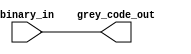
//////////////////////////////////////////////////////////////////////
////                                                              ////
//// grey_to_binary #(N), binary_to_grey #(N)                     ////
////                                                              ////
//// This file is part of the general opencores effort.           ////
//// <http://www.opencores.org/cores/misc/>                       ////
////                                                              ////
//// Module Description:                                          ////
////    Example of how to convert Grey Code to Binary.            ////
////    Example of how to convert Binary to Grey Code.            ////
////                                                              ////
//// CRITICAL USAGE NOTE:                                         ////
////    These functions produce combinational outputs which       ////
////      have glitches.  To use these safely, the outputs        ////
////      must be latched using the same clock before and         ////
////      after the combinational function.                       ////
////                                                              ////
////    There are other sequences of numbers which share the      ////
////      property of Grey Code that only 1 bit transitions per   ////
////      value change.                                           ////
////    The sequence 0x00, 0x1, 0x3, 0x2, 0x6, 0x4 is one such    ////
////      sequence.                                               ////
////    It should be possible to make a library which counts      ////
////      in sequences less than 2**n long, yet which still       ////
////      change only 1 bot per increment.                        ////
////                                                              ////
//// To Do:                                                       ////
//// Might make this handle more than 16 bits.                    ////
////                                                              ////
//// Author(s):                                                   ////
//// - Anonymous                                                  ////
////                                                              ////
//////////////////////////////////////////////////////////////////////
////                                                              ////
//// Copyright (C) 2000 Anonymous and OPENCORES.ORG               ////
////                                                              ////
//// This source file may be used and distributed without         ////
//// restriction provided that this copyright statement is not    ////
//// removed from the file and that any derivative work contains  ////
//// the original copyright notice and the associated disclaimer. ////
////                                                              ////
//// This source file is free software; you can redistribute it   ////
//// and/or modify it under the terms of the GNU Lesser General   ////
//// Public License as published by the Free Software Foundation; ////
//// either version 2.1 of the License, or (at your option) any   ////
//// later version.                                               ////
////                                                              ////
//// This source is distributed in the hope that it will be       ////
//// useful, but WITHOUT ANY WARRANTY; without even the implied   ////
//// warranty of MERCHANTABILITY or FITNESS FOR A PARTICULAR      ////
//// PURPOSE. See the GNU Lesser General Public License for more  ////
//// details.                                                     ////
////                                                              ////
//// You should have received a copy of the GNU Lesser General    ////
//// Public License along with this source; if not, download it   ////
//// from <http://www.opencores.org/lgpl.shtml>                   ////
////                                                              ////
//////////////////////////////////////////////////////////////////////
//
// $Id: grey_to_binary.v,v 1.5 2001-10-22 12:29:08 bbeaver Exp $
//
// CVS Revision History
//
// $Log: not supported by cvs2svn $
// Revision 1.3  2001/09/03 12:12:44  Blue Beaver
// no message
//
// Revision 1.2  2001/09/03 12:09:24  Blue Beaver
// no message
//
//

`timescale 1ns/1ps

// Convert 2-bit up to 16-bit binary value into same sized grey-code value

module bin_to_grey_code (
  grey_code_out,
  binary_in
);
  parameter NUM_BITS = 1;  // instantiate as "bin_to_grey_code #(width) instance ()"

  output [NUM_BITS - 1 : 0] grey_code_out;
  input  [NUM_BITS - 1 : 0] binary_in;

// Consider the sequences
//   Binary  Grey Code
//     00       00
//     01       01
//     10       11
//     11       10
// It seems that G[1] = B[1], and G[0] = B[1] ^ B[0];
// Now consider the sequences
//   Binary  Grey Code
//     000      000
//     001      001
//     010      011
//     011      010
//     100      110
//     101      111
//     110      101
//     111      100
// It seems that G[2] = B[2], and
//               G[1] = B[2] ^ B[1], and
//               G[0] = B[1] ^ B[0];
//
// But how to write that using a parameter?  Well, instead of
//   figuring it out, how about just making something which works
//   for a range of widths, like 2 to 16?

  wire   [15:0] widened_input = {binary_in[NUM_BITS - 1 : 0], {16 - NUM_BITS{1'b0}}};

  wire   [15:0] widened_output = {
                      widened_input[15],
                      widened_input[15] ^ widened_input[14],
                      widened_input[14] ^ widened_input[13],
                      widened_input[13] ^ widened_input[12],
                      widened_input[12] ^ widened_input[11],
                      widened_input[11] ^ widened_input[10],
                      widened_input[10] ^ widened_input[9],
                      widened_input[9]  ^ widened_input[8],
                      widened_input[8]  ^ widened_input[7],
                      widened_input[7]  ^ widened_input[6],
                      widened_input[6]  ^ widened_input[5],
                      widened_input[5]  ^ widened_input[4],
                      widened_input[4]  ^ widened_input[3],
                      widened_input[3]  ^ widened_input[2],
                      widened_input[2]  ^ widened_input[1],
                      widened_input[1]  ^ widened_input[0]
                  };

  assign  grey_code_out[NUM_BITS - 1 : 0] = widened_output[15 : 16 - NUM_BITS];

// synopsys translate_off
  initial
  begin
    if (NUM_BITS < 2)
    begin
      $display ("*** Exiting because %m bin_to_grey_code Number of bits %d < 2",
                   NUM_BITS);
      $finish;
    end
    if (NUM_BITS > 16)
    begin
      $display ("*** Exiting because %m bin_to_grey_code Number of bits %d > 16",
                   NUM_BITS);
      $finish;
    end
  end
// synopsys translate_on
endmodule

// Convert 2-bit up to 16-bit binary value into same sized grey-code value

module grey_code_to_bin (
  binary_out,
  grey_code_in
);
  parameter NUM_BITS = 1;  // instantiate as "grey_code_to_bin #(width) instance ()"

  output [NUM_BITS - 1 : 0] binary_out;
  input  [NUM_BITS - 1 : 0] grey_code_in;

// Consider the sequences
//   Grey Code   Binary
//       00        00
//       01        01
//       11        10
//       10        11
// It seems that B[1] = G[1], and B[0] = G[1] ^ G[0];
// Now consider the sequences
//   Grey Code   Binary
//      000       000
//      001       001
//      011       010
//      010       011
//      110       100
//      111       101
//      101       110
//      100       111
// It seems that B[2] = G[2], and
//               B[1] = G[2] ^ G[1], and
//               B[0] = G[2] ^ G[1] ^ G[0];
//
// But how to write that using a parameter?  Well, instead of
//   figuring it out, how about just making something which works
//   for a range of widths, like 2 to 16?

  wire   [15:0] widened_input = {grey_code_in[NUM_BITS - 1 : 0], {16 - NUM_BITS{1'b0}}};
  wire    xor_15_12 = widened_input[15] ^ widened_input[14]
                    ^ widened_input[13] ^ widened_input[12];
  wire    xor_11_10 = widened_input[11] ^ widened_input[10];
  wire    xor_11_8  = widened_input[11] ^ widened_input[10]
                    ^ widened_input[9]  ^ widened_input[8];
  wire    xor_7_6   = widened_input[7]  ^ widened_input[6];
  wire    xor_7_4   = widened_input[7]  ^ widened_input[6]
                    ^ widened_input[5]  ^ widened_input[4];
  wire    xor_3_2   = widened_input[3]  ^ widened_input[2];
  wire    xor_1_0   = widened_input[1]  ^ widened_input[0];

  wire   [15:0] widened_output = {
                      widened_input[15],
                      widened_input[15] ^ widened_input[14],
                      widened_input[15] ^ widened_input[14] ^ widened_input[13],
                      xor_15_12,
                      xor_15_12 ^ widened_input[11],
                      xor_15_12 ^ xor_11_10,
                      xor_15_12 ^ xor_11_10 ^ widened_input[9],
                      xor_15_12 ^ xor_11_8,
                      xor_15_12 ^ xor_11_8 ^ widened_input[7],
                      xor_15_12 ^ xor_11_8 ^ xor_7_6,
                      xor_15_12 ^ xor_11_8 ^ xor_7_6 ^ widened_input[5],
                      xor_15_12 ^ xor_11_8 ^ xor_7_4,
                      xor_15_12 ^ xor_11_8 ^ xor_7_4 ^ widened_input[3],
                      xor_15_12 ^ xor_11_8 ^ xor_7_4 ^ xor_3_2,
                      xor_15_12 ^ xor_11_8 ^ xor_7_4 ^ xor_3_2 ^ widened_input[1],
                      xor_15_12 ^ xor_11_8 ^ xor_7_4 ^ xor_3_2 ^ xor_1_0
                  };

  assign  binary_out[NUM_BITS - 1 : 0] = widened_output[15 : 16 - NUM_BITS];

// synopsys translate_off
  initial
  begin
    if (NUM_BITS < 2)
    begin
      $display ("*** Exiting because %m grey_code_to_bin Number of bits %d < 2",
                   NUM_BITS);
      $finish;
    end
    if (NUM_BITS > 16)
    begin
      $display ("*** Exiting because %m grey_code_to_bin Number of bits %d > 16",
                   NUM_BITS);
      $finish;
    end
  end
// synopsys translate_on
endmodule

 `define TEST_GREY_CODE
`ifdef TEST_GREY_CODE
module test_grey_code;
  reg    [7:0] test_val;
  wire   [1:0] grey_2;
  wire   [2:0] grey_3;
  wire   [3:0] grey_4;

  wire   [1:0] bin_2;
  wire   [2:0] bin_3;
  wire   [3:0] bin_4;

  initial
  begin
    for (test_val = 8'h00; test_val < 8'h04; test_val = test_val + 8'h01)
    begin
      # 0; $display ("test val, result %x %x %x", test_val[1:0], grey_2[1:0], bin_2[1:0]);
      if (test_val[1:0] !== bin_2[1:0])
        $display ("*** Encode, Decode failed %x %x", test_val[1:0], bin_2[1:0]);
    end
    $display (" ");
    for (test_val = 8'h00; test_val < 8'h08; test_val = test_val + 8'h01)
    begin
      # 0; $display ("test val, result %x %x %x", test_val[2:0], grey_3[2:0], bin_3[2:0]);
      if (test_val[2:0] !== bin_3[2:0])
        $display ("*** Encode, Decode failed %x %x", test_val[2:0], bin_3[2:0]);
    end
    $display (" ");
    for (test_val = 8'h00; test_val < 8'h10; test_val = test_val + 8'h01)
    begin
      # 0; $display ("test val, result %x %x %x", test_val[3:0], grey_4[3:0], bin_4[3:0]);
      if (test_val[3:0] !== bin_4[3:0])
        $display ("*** Encode, Decode failed %x %x", test_val[3:0], bin_4[3:0]);
    end

  end

bin_to_grey_code #(2) bin_to_grey_code_2 (
  .grey_code_out              (grey_2[1:0]),
  .binary_in                  (test_val[1:0])
);
bin_to_grey_code #(3) bin_to_grey_code_3 (
  .grey_code_out              (grey_3[2:0]),
  .binary_in                  (test_val[2:0])
);
bin_to_grey_code #(4) bin_to_grey_code_4 (
  .grey_code_out              (grey_4[3:0]),
  .binary_in                  (test_val[3:0])
);

grey_code_to_bin #(2) grey_code_to_bin_2 (
  .binary_out                 (bin_2[1:0]),
  .grey_code_in               (grey_2[1:0])
);
grey_code_to_bin #(3) grey_code_to_bin_3 (
  .binary_out                 (bin_3[2:0]),
  .grey_code_in               (grey_3[2:0])
);
grey_code_to_bin #(4) grey_code_to_bin_4 (
  .binary_out                 (bin_4[3:0]),
  .grey_code_in               (grey_4[3:0])
);

endmodule
`endif  // TEST_GREY_CODE